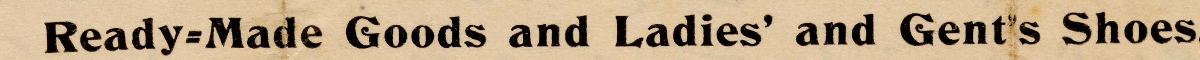
Ready=Made Goods and Ladies' and Gent's Shoes.